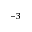
^ { - 3 }